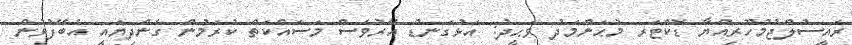
ރައީސުލްޖުމްހޫރިއްޔާ ޑޮކްޓަރ މުޙަންމަދު ވަޙީދު: އަޅުގަނޑު އޭރުވެސް މަސައްކަތް ކުރަމުން ގެންދިޔައީ އެބޭފުޅުން